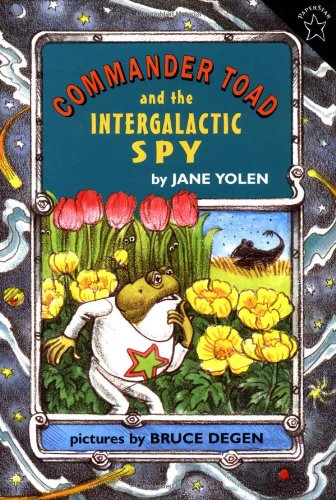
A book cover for Commander Toad and the Intergalactic Spy; Jane Yolen; Children's Books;